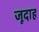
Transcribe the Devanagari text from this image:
जूदाह